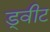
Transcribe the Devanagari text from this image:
ड्वीट